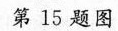
第15题图